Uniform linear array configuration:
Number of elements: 4
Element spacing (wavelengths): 1
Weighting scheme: blackman
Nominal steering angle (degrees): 45
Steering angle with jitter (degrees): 44.911
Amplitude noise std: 0.05
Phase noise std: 0.05

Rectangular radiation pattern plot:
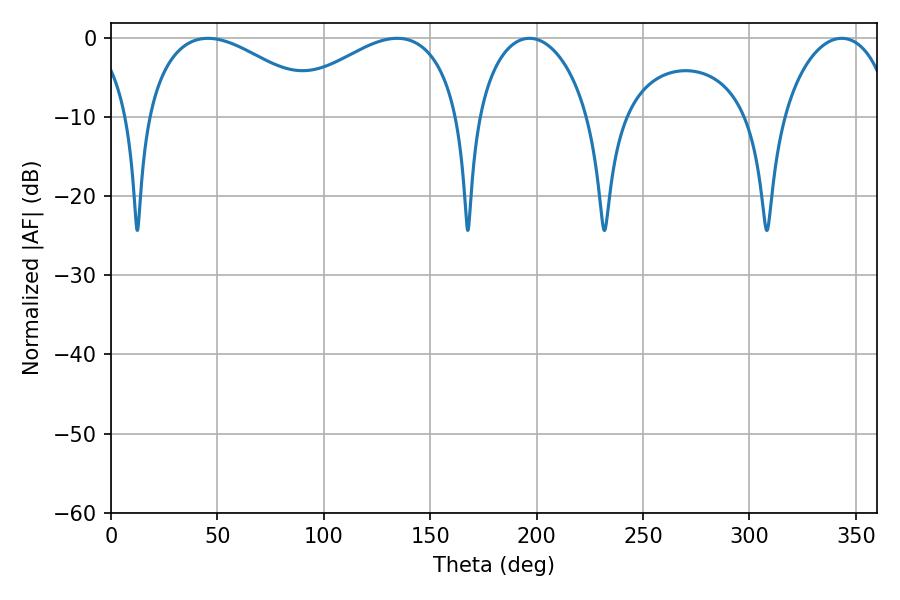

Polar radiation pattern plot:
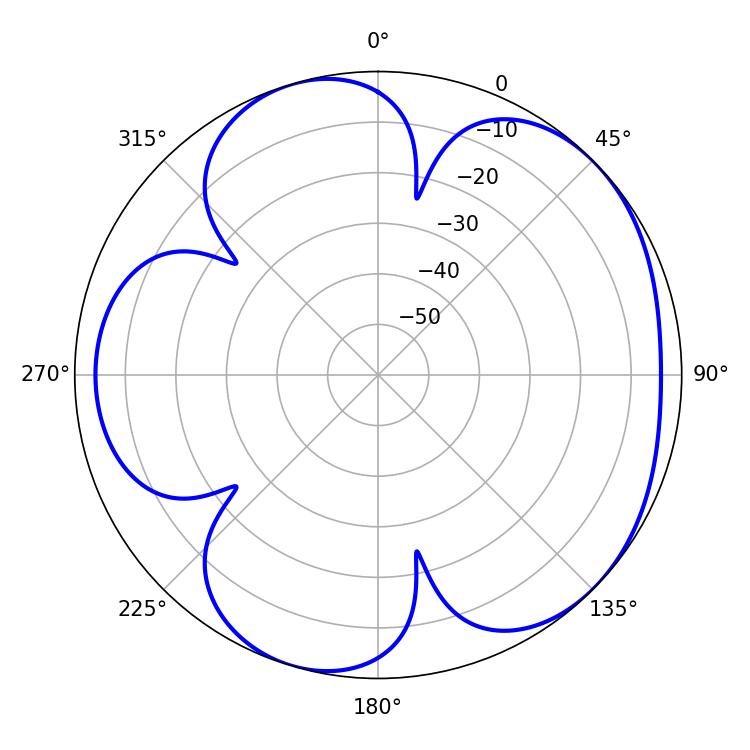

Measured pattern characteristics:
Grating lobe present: TRUE
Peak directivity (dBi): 4.897
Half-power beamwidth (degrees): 46.8
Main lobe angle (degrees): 45.54